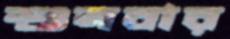
শুনবার